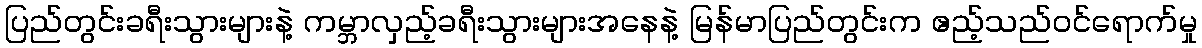
ပြည်တွင်းခရီးသွားများနဲ့ ကမ္ဘာလှည့်ခရီးသွားများအနေနဲ့ မြန်မာပြည်တွင်းက ဧည့်သည်ဝင်ရောက်မှု